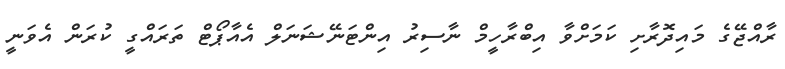
ރާއްޖޭގެ މައިދޮރާށި ކަމަށްވާ އިބްރާހީމް ނާސިރު އިންޓަނޭޝަނަލް އެއާޕޯޓް ތަރައްގީ ކުރަން އެވަނީ